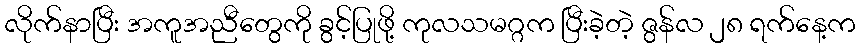
လိုက်နာပြီး အကူအညီတွေကို ခွင့်ပြုဖို့ ကုလသမဂ္ဂက ပြီးခဲ့တဲ့ ဇွန်လ ၂၈ ရက်နေ့က